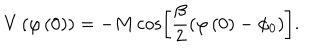
LaTeX: V \left( \varphi \left( 0 \right) \right) = - M \cos \left[ \frac { \beta } { 2 } \left( \varphi \left( 0 \right) - \phi _ { 0 } \right) \right] .